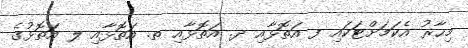
މިހާރު އެކަމަށްޓަކައި ފ އަތޮޅާއި ދ. އަތޮޅާއި ތ. އަތޮޅާއި ލ އަތޮޅުގެ